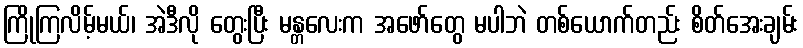
ကြိုကြလိမ့်မယ်၊ အဲဒီလို တွေးပြီး မန္တလေးက အဖော်တွေ မပါဘဲ တစ်ယောက်တည်း စိတ်အေးချမ်း